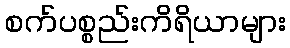
စက်ပစ္စည်းကိရိယာများ